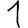
Digit: 1